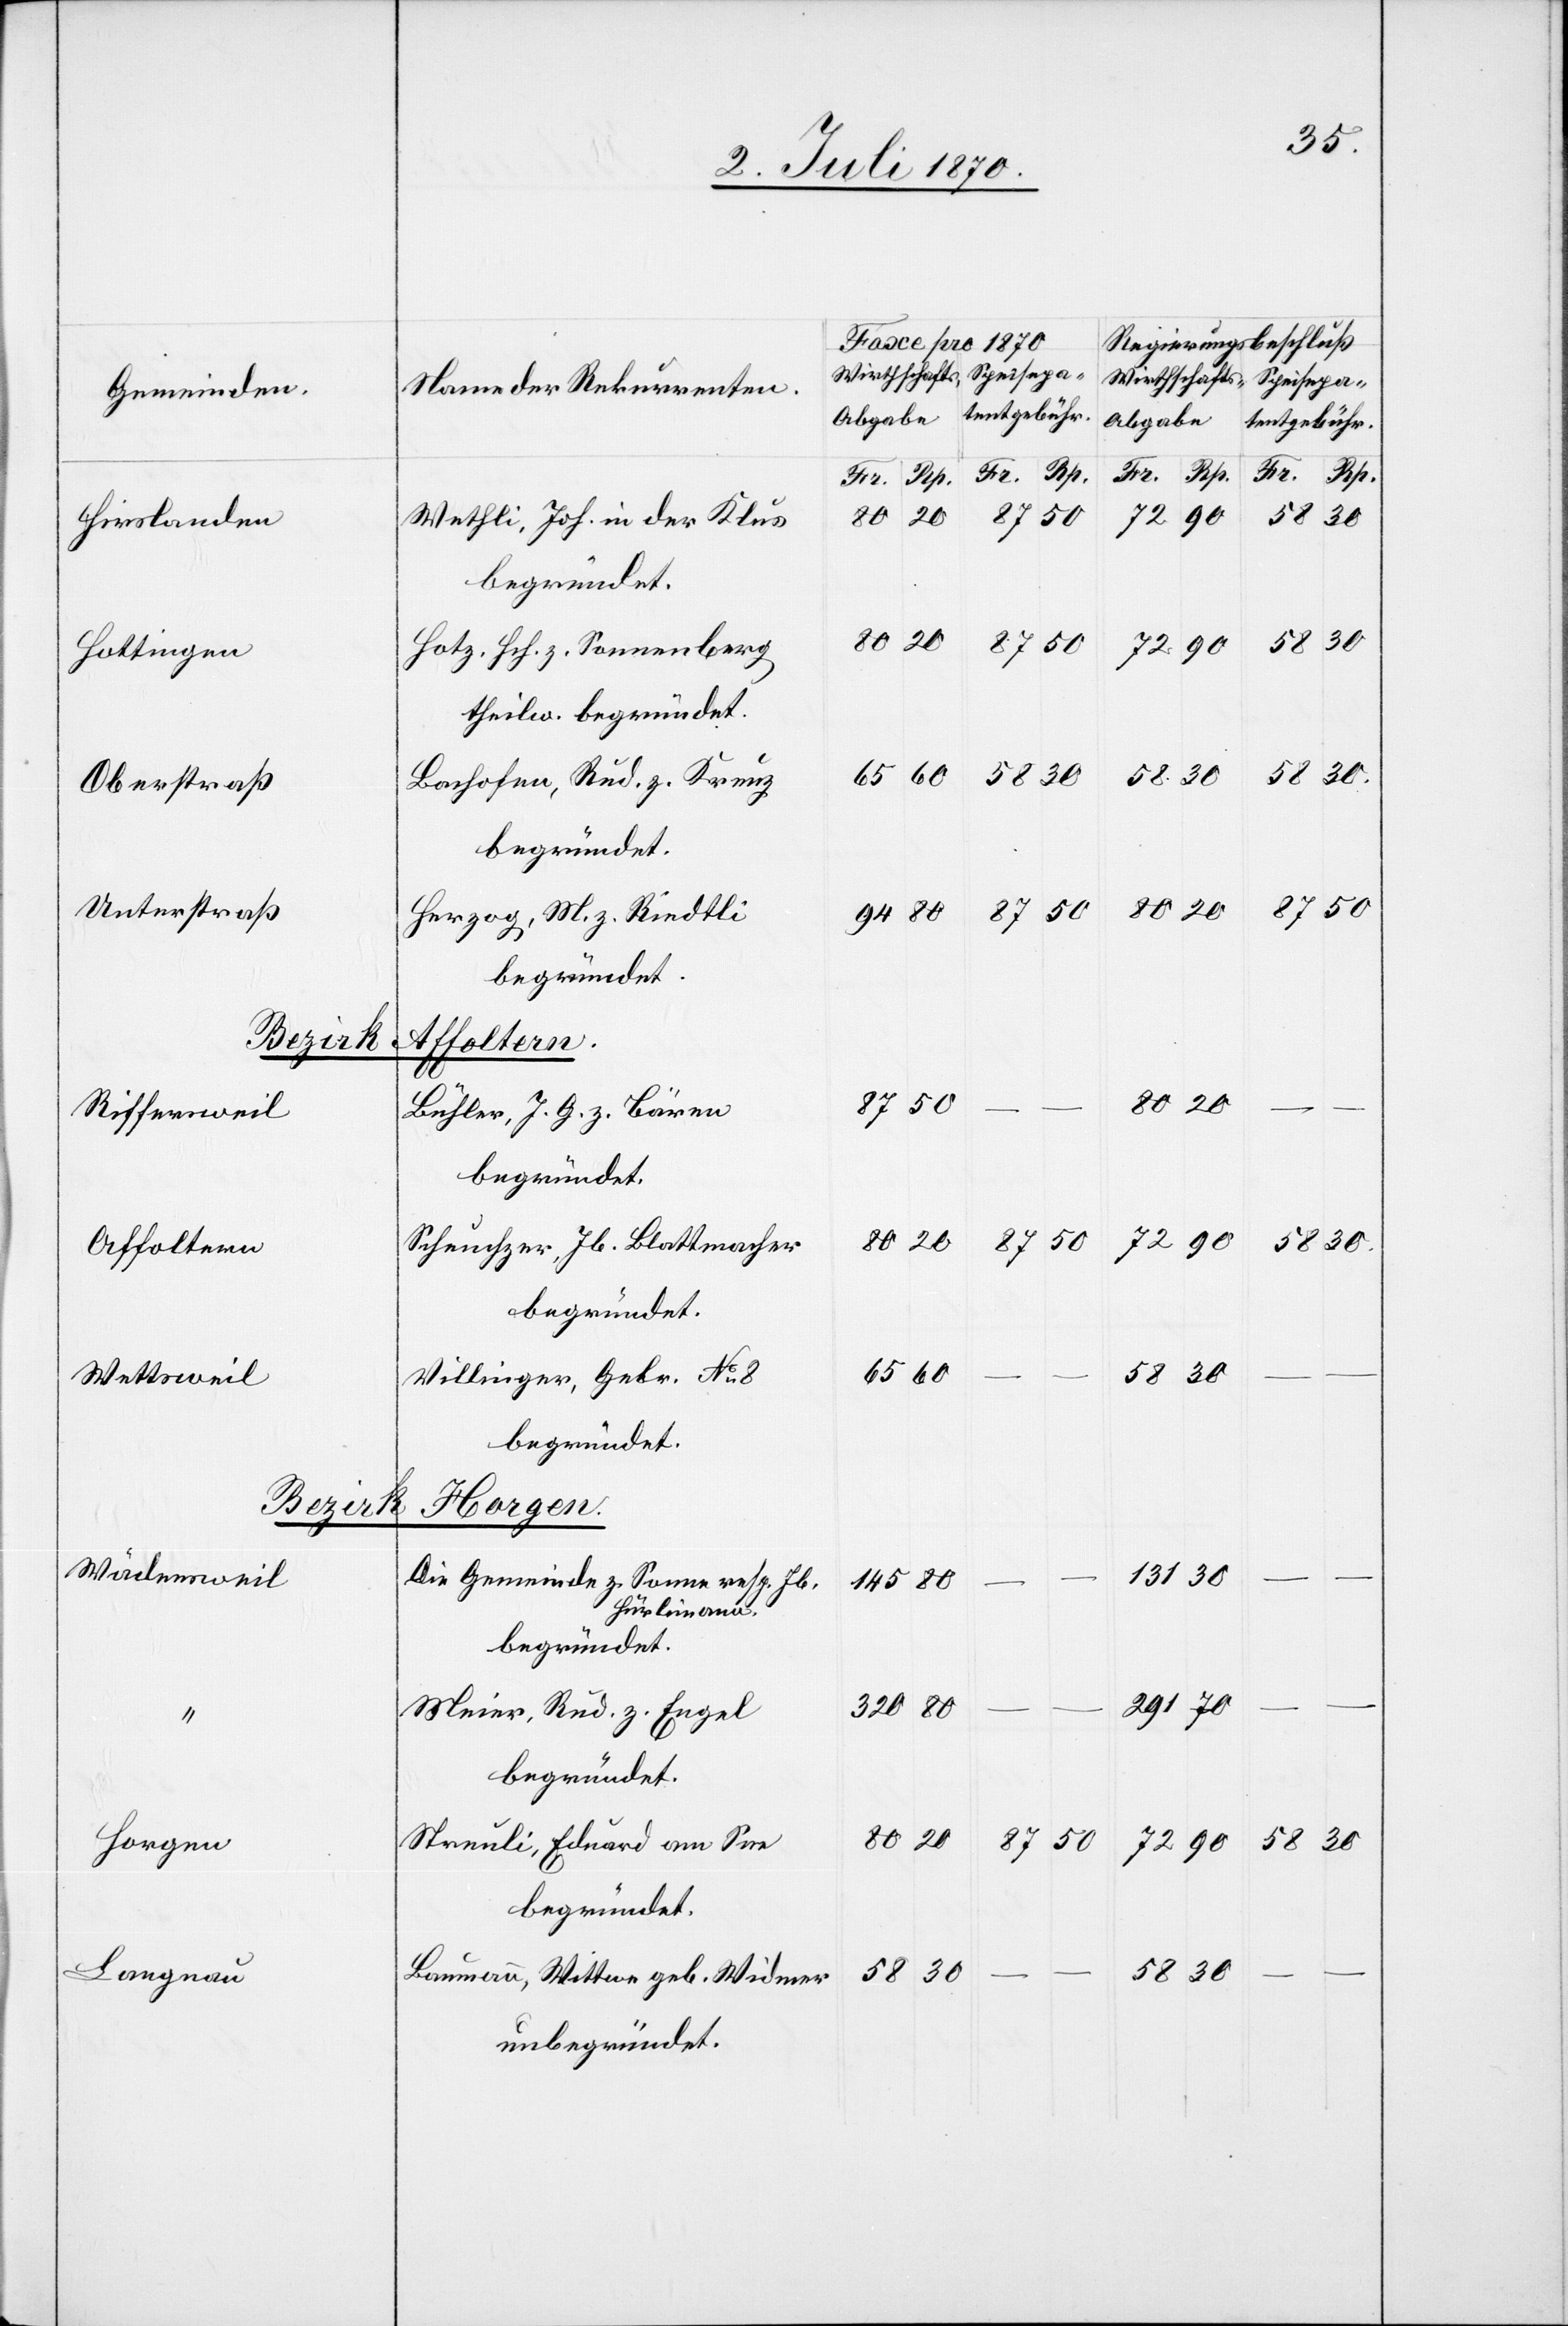
Hirslanden
Hottingen
Oberstraß
Unterstraß
Bezirk
Riffersweil
Affoltern
Wettsweil
Wädensweil
Horgen
Langnau

Wethli, Joh. in der Klus
Hotz, Hch z. Sonnenberg
theilw. begründet.
Bachofen, Rud. z. Kreuz
Herzog, M. z. Riedtli
Bühler, J. G. z. Bären
Scheuchzer, Jb. Blattmacher
Villinger, Gebr No 8
Die Gemeinde z. Sonne resp. Jb.
Hürlimann
Streuli, Eduard am See
begründet.
30
Baumann, Wittwe geb. Widmer
unbegründet.